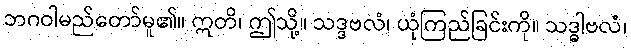
ဘဂဝါမည်တော်မူ၏။ ဣတိ၊ ဤသို့။ သဒ္ဒဗလံ၊ ယုံကြည်ခြင်းကို။ သဒ္ဓါဗလံ၊